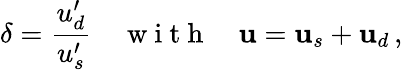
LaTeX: \delta=\frac{u_{d}^{\prime}}{u_{s}^{\prime}}\quad\mathrm{~w~i~t~h~}\quad{\mathbf u}={\mathbf u}_{s}+{\mathbf u}_{d}\, ,